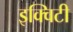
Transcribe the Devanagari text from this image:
इक्‍विटी